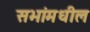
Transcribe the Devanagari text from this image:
सभांमधील